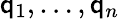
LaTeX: \mathsf{q}_{1},\ldots,\mathsf{q}_{n}